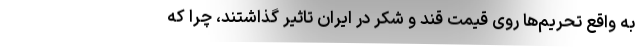
به واقع تحریم‌ها روی قیمت قند و شکر در ایران تاثیر گذاشتند، چرا که